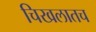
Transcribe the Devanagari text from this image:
चिखलातच